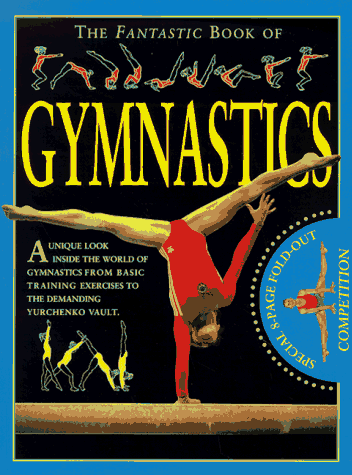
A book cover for The Fantastic Book of Gymnastics; Lloyd Readhead; Children's Books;